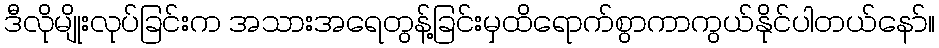
ဒီလိုမျိုးလုပ်ခြင်းက အသားအရေတွန့်ခြင်းမှထိရောက်စွာကာကွယ်နိုင်ပါတယ်နော်။